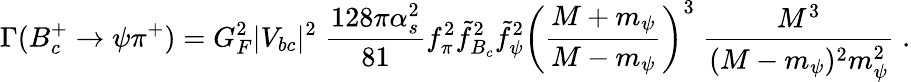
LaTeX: \Gamma(B_{c}^{+}\to\psi\pi^{+})=G_{F}^{2}|V_{bc}|^{2}\; \frac{128\pi\alpha_{s}^{2}}{81}f_{\pi}^{2}\tilde{f}_{B_{c}}^{2}\tilde{f}_{\psi}^{2}\biggl(\frac{M+m_{\psi}}{M-m_{\psi}}\biggr)^{3}\; \frac{M^{3}}{(M-m_{\psi})^{2}m_{\psi}^{2}}\; .